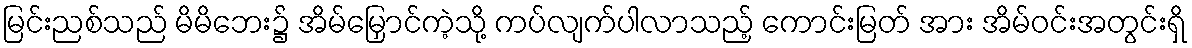
မြင်းညစ်သည် မိမိဘေး၌ အိမ်မြှောင်ကဲ့သို့ ကပ်လျက်ပါလာသည့် ကောင်းမြတ် အား အိမ်ဝင်းအတွင်းရှိ